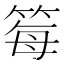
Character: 𫂂